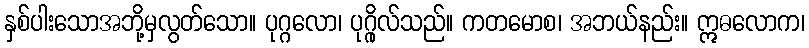
နှစ်ပါးသောအဘို့မှလွတ်သော။ ပုဂ္ဂလော၊ ပုဂ္ဂိုလ်သည်။ ကတမောစ၊ အဘယ်နည်း။ ဣဓလောက၊